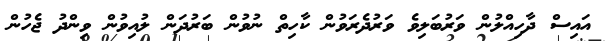
އަައިސް ދާހިއްލުން ވަރުބަލިވެ ވަރުދެރަވުން ކާހިތް ނުވުން ބަރުދަން ލުއިވުން ވިންދު ޖެހުން